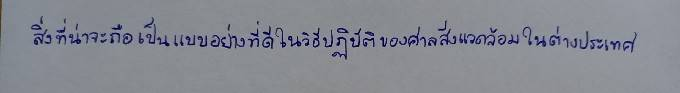
สิ่งที่น่าจะถือเป็นแบบอย่างที่ดีในวิธีปฏิบัติของศาลสิ่งแวดล้อมในต่างประเทศ